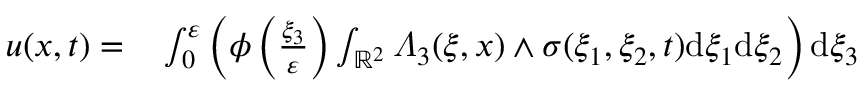
\begin{array} { r l } { u ( x , t ) = } & { { } \int _ { 0 } ^ { \varepsilon } \left( \phi \left( \frac { \xi _ { 3 } } { \varepsilon } \right) \int _ { \mathbb { R } ^ { 2 } } \varLambda _ { 3 } ( \xi , x ) \wedge \sigma ( \xi _ { 1 } , \xi _ { 2 } , t ) \mathrm { d } \xi _ { 1 } \mathrm { d } \xi _ { 2 } \right) \mathrm { d } \xi _ { 3 } } \end{array}